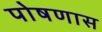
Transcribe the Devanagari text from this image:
पोषणास